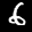
Label: 6